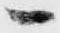
へ